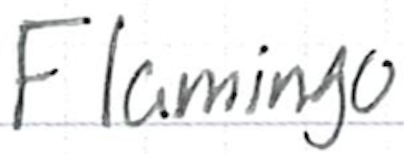
Text: Flamingo
Cross-out: clean
Writing tool: ballpoint